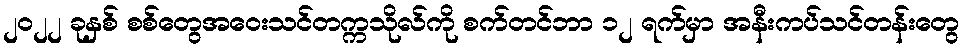
၂၀၂၂ ခုနှစ် စစ်တွေအဝေးသင်တက္ကသိုလ်ကို စက်တင်ဘာ ၁၂ ရက်မှာ အနီးကပ်သင်တန်းတွေ